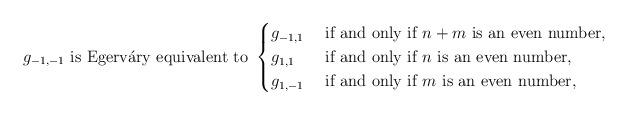
LaTeX: \begin{align*}g_{-1,-1}\textrm{ is Egerv\'ary equivalent to }\begin{cases}g_{-1,1} & \textrm{ if and only if } n+m \textrm{ is an even number},\\g_{1,1} & \textrm{ if and only if } n \textrm{ is an even number},\\g_{1,-1} & \textrm{ if and only if } m \textrm{ is an even number},\\\end{cases}\end{align*}